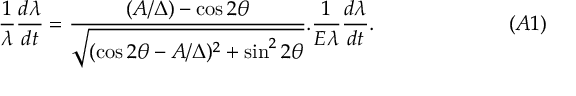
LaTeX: \frac { 1 } { \lambda } \frac { d \lambda } { d t } = \frac { ( { A } / { \Delta } ) - \cos 2 \theta } { \sqrt { ( \cos 2 \theta - A / \Delta ) ^ { 2 } + \sin ^ { 2 } 2 \theta } } . \frac { 1 } { E \lambda } \frac { d \lambda } { d t } . ~ ~ \eqno ( A 1 )